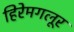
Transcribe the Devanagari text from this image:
हिरेमगलूर